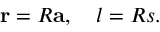
{ \bf r } = R { \bf a } , \quad l = R s .